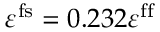
\varepsilon ^ { \mathrm { f s } } = 0 . 2 3 2 \varepsilon ^ { \mathrm { f f } }